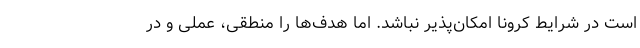
است در شرایط کرونا امکان‌پذیر نباشد. اما هدف‌ها را منطقی، عملی و در